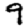
Digit: 9